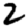
Digit: 2